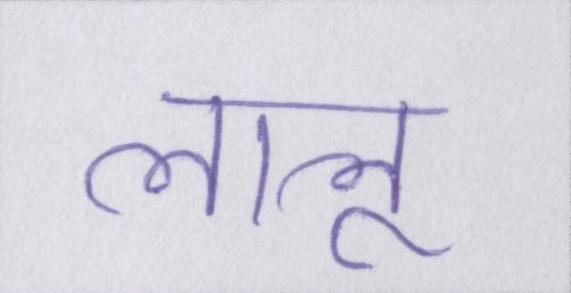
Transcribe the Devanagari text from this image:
लालू